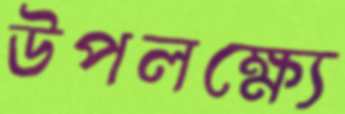
উপলক্ষ্যে